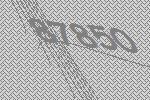
87850